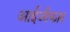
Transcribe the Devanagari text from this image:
आईजीकार